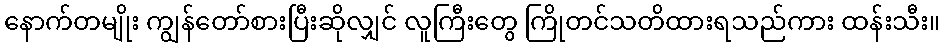
နောက်တမျိုး ကျွန်တော်စားပြီးဆိုလျှင် လူကြီးတွေ ကြိုတင်သတိထားရသည်ကား ထန်းသီး။